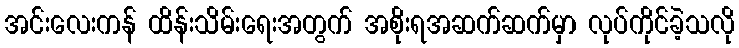
အင်းလေးကန် ထိန်းသိမ်းရေးအတွက် အစိုးရအဆက်ဆက်မှာ လုပ်ကိုင်ခဲ့သလို